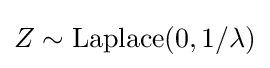
Z\sim {\textrm {Laplace}}(0,1/\lambda )